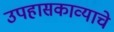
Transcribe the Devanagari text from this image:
उपहासकाव्याचे